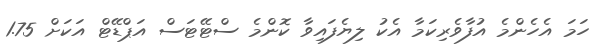
ހަމަ އެހެންމެ އުފާވެރިކަމާ އެކު ލިޔެފައިވާ ކޮންމެ ސްޓޭޓަސް އަޕްޑޭޓް އަކަށް 1.75